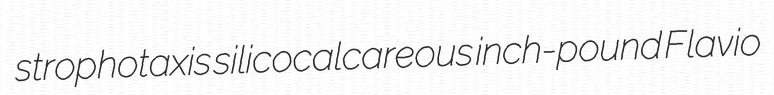
strophotaxis silicocalcareous inch-pound Flavio